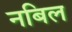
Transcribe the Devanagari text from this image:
नबिल